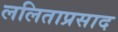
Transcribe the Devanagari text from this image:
ललिताप्रसाद